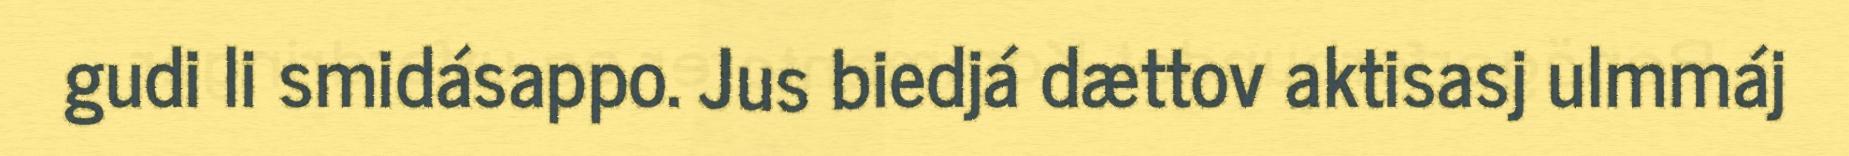
gudi li smidásappo. Jus biedjá dættov aktisasj ulmmáj